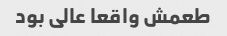
طعمش واقعا عالی بود